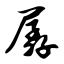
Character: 孱